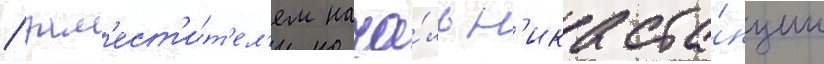
/ зам'ест'и́т'ел'ем нача́льн'ика ста́нции